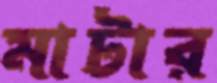
মাটার